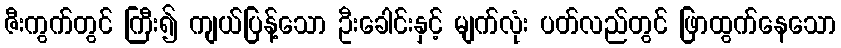
ဇီးကွက်တွင် ကြီး၍ ကျယ်ပြန့်သော ဦးခေါင်းနှင့် မျက်လုံး ပတ်လည်တွင် ဖြာထွက်နေသော